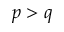
p > q